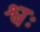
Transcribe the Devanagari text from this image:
श्वः